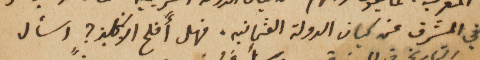
في المشرق عن كيان الدولة العثمانيه. فهل أفلح الانكليز؟ اسأل